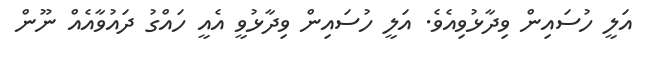
އަލީ ހުސައިން ވިދާޅުވިއެވެ. އަލީ ހުސައިން ވިދާޅުވީ އެއީ ހައްގު ދައުވާއެއް ނޫން